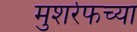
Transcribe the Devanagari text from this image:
मुशर्रफच्या